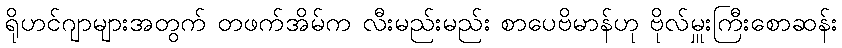
ရိုဟင်ဂျာများအတွက် တဖက်အိမ်က လီးမည်းမည်း စာပေဗိမာန်ဟု ဗိုလ်မှူးကြီးစောဆန်း